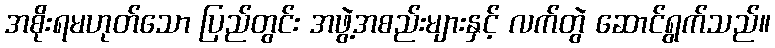
အစိုးရမဟုတ်သော ပြည်တွင်း အဖွဲ့အစည်းများနှင့် လက်တွဲ ဆောင်ရွက်သည်။